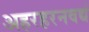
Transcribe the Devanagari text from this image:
अहरहरनवद्यं